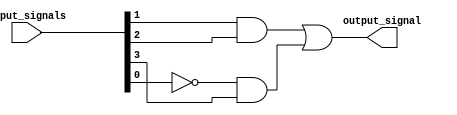
module complex_logic(
    input [3:0] input_signals,
    output reg output_signal
);

assign not_input = ~input_signals[0]; // NOT operation on input signal

always @(*) begin
    // Combinational logic blocks to perform specific operation
    output_signal = (input_signals[1] & input_signals[2]) | (not_input & input_signals[3]);
end

endmodule